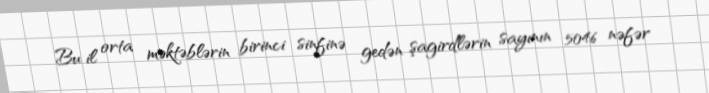
Bu il orta məktəblərin birinci sinfinə gedən şagirdlərin sayının 5046 nəfər